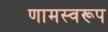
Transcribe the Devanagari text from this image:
णामस्वरूप